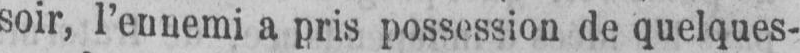
soir, l’ennemi a pris possession de quelques-